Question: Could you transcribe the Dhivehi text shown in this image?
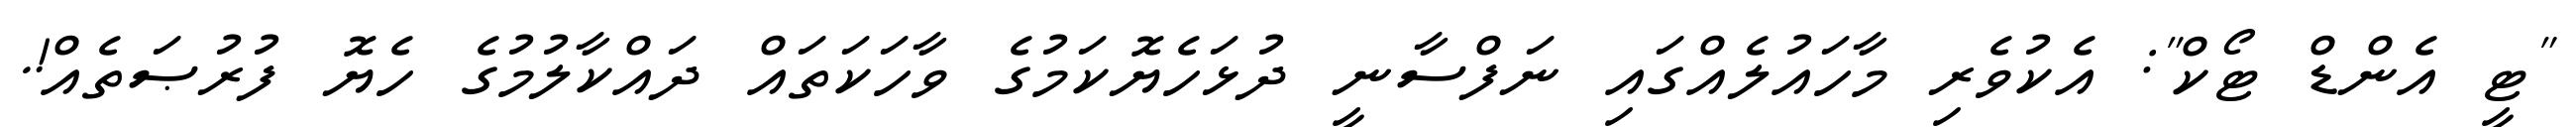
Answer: "ޓީ އެންޑް ޓޯކް": އެކުވެރި މާހައުލެއްގައި ނަފްސާނީ ދުޅަހެޔޮކަމުގެ ވާހަކަތައް ދައްކާލުމުގެ ހެޔޮ ފުރުޞަތެއް!.